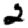
Digit: 2